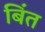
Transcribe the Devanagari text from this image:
बिंत